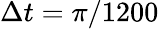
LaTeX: \Delta t=\pi/1200